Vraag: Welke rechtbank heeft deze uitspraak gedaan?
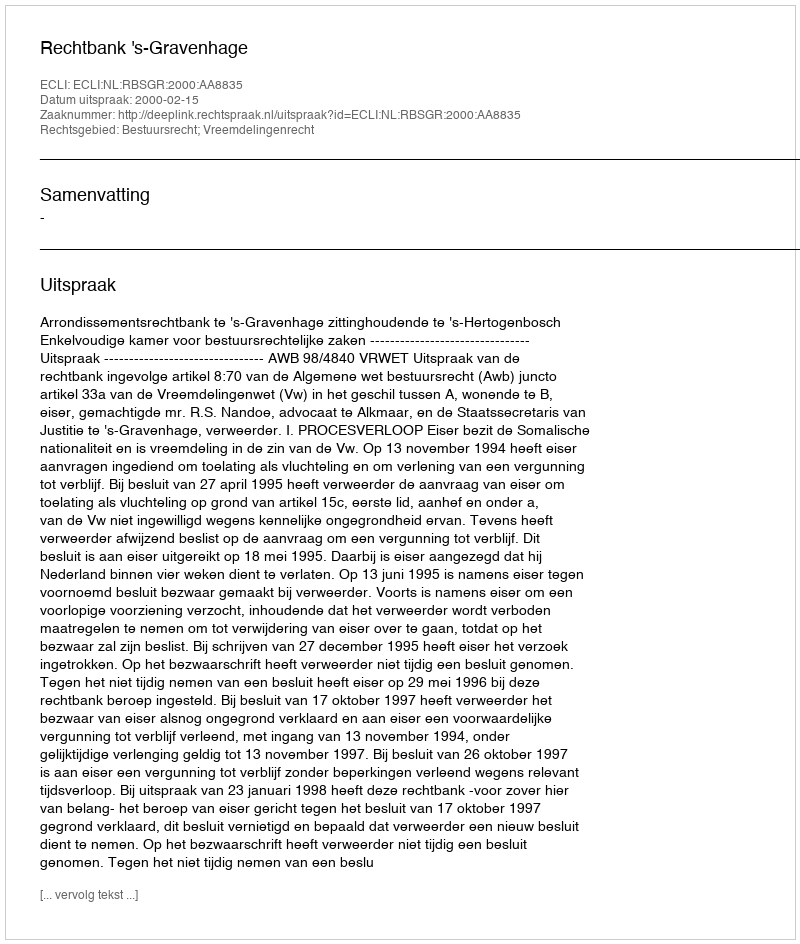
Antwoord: Rechtbank 's-Gravenhage